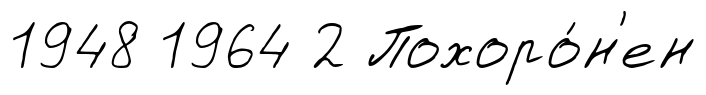
1948 1964 2 Похоро́н'ен